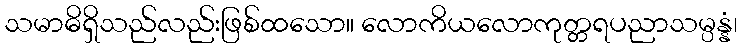
သမာဓိရှိသည်လည်းဖြစ်ထသော။ လောကိယလောကုတ္တရပညာသမ္ပန္နံ၊